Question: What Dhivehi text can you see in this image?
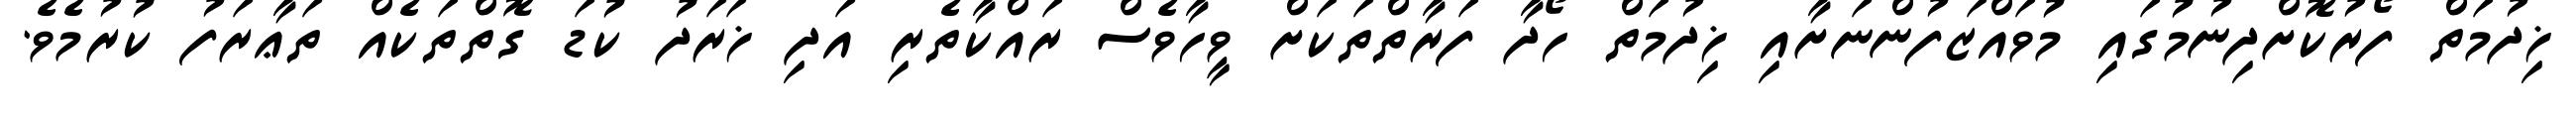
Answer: ޚިދުމަތް ފޯރުކޮށްދިނުމުގައި މުވައްޒަފުންނަށާއި ޚިދުމަތް ހޯދާ ފަރާތްތަކަށް ވީހާވެސް ރައްކާތެރި އަދި ޚަރަދު ކުޑަ ގޮތްތަކެއް ތަޢާރަފު ކުރުމެވެ.